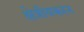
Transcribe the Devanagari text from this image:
क्षेत्रीयकरन